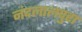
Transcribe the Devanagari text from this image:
नंदलालपुरा